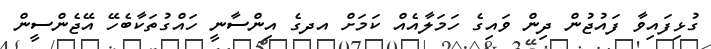
ގުޅިފައިވާ ފައުޖުން ދިން ވައިގެ ހަމަލާއެއް ކަމަށް އދގެ އިންސާނީ ހައްގުތަކާބެހޭ އޭޖެންސީން